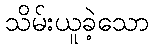
သိမ်းယူခဲ့သော